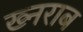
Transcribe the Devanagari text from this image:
ख्नराब